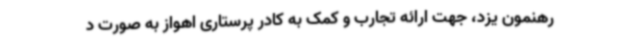
رهنمون یزد، جهت ارائه تجارب و کمک به کادر پرستاری اهواز به صورت د